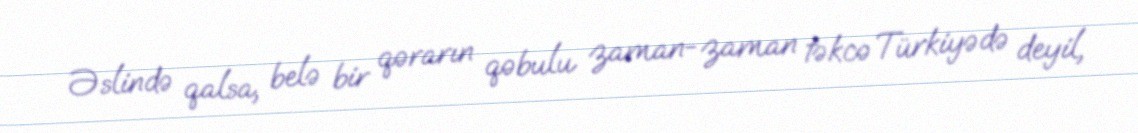
Əslində qalsa, belə bir qərarın qəbulu zaman-zaman təkcə Türkiyədə deyil,